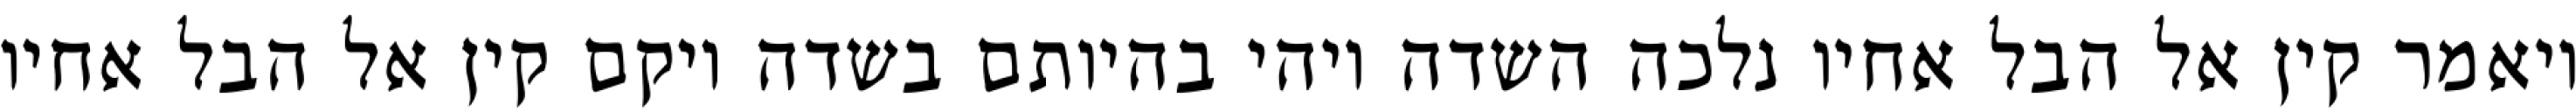
ויאמר קין אל הבל אחיו נלכה השדה ויהי בהיותם בשדה ויקם קין אל הבל אחיו